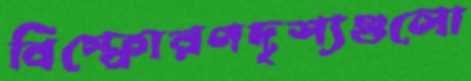
বিস্ফোরণদৃশ্যগুলো